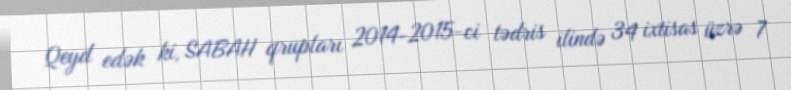
Qeyd edək ki, SABAH qrupları 2014-2015-ci tədris ilində 34 ixtisas üzrə 7